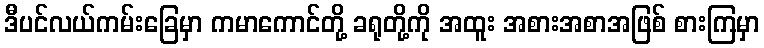
ဒီပင်လယ်ကမ်းခြေမှာ ကမာကောင်တို့ ခရုတို့ကို အထူး အစားအစာအဖြစ် စားကြမှာ